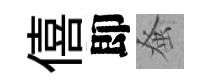
僖即𫊫